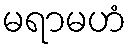
မရာမဟံ